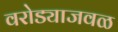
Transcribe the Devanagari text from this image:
वरोड्याजवळ